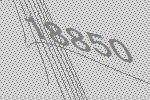
18850